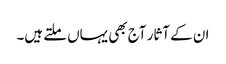
ان کے آثار آج بھی یہاں ملتے ہیں۔